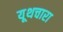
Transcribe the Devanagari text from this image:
यूथचारा